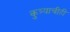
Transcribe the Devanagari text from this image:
कुत्र्याचीही